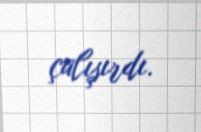
çalışırdı.